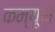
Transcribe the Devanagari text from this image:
कम्यूने